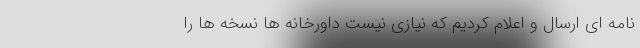
نامه ای ارسال و اعلام کردیم که نیازی نیست داورخانه ها نسخه ها را